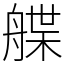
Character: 艓